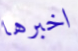
اخبرها